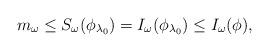
LaTeX: \begin{align*}m_\omega \leq S_\omega(\phi_{\lambda_0}) = I_\omega(\phi_{\lambda_0}) \leq I_\omega(\phi),\end{align*}